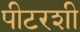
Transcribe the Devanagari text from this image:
पीटरशी